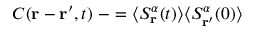
C ( \mathbf { r } - \mathbf { r ^ { \prime } } , t ) \ - = \langle S _ { \mathbf { r } } ^ { \alpha } ( t ) \rangle \langle S _ { \mathbf { r ^ { \prime } } } ^ { \alpha } ( 0 ) \rangle